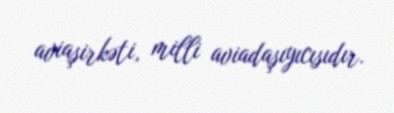
aviaşirkəti, milli aviadaşıyıcısıdır.